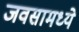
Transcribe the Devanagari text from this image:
जवसामध्ये